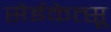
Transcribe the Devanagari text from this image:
सेईकेत्सू